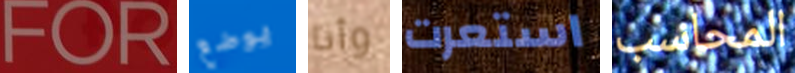
FOR يوضع وأنا استعرت المحاسب